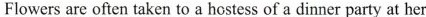
Flowers are often taken to a hostess of a dinner party at her